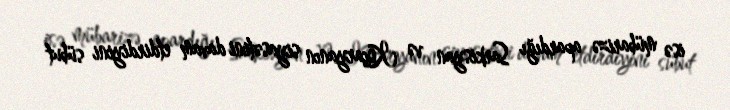
isə mübarizə apardığı Sarkisyan və Koçaryanın siyasətini davam etdirdiyini sübut